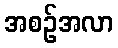
အစဉ်အလာ